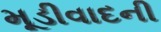
મૂડીવાદની